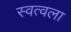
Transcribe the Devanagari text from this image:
स्वत्वला